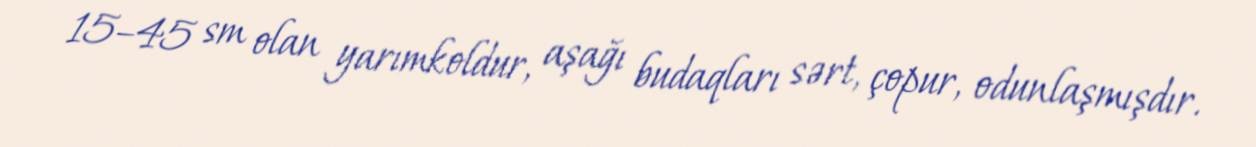
15–45 sm olan yarımkoldur, aşağı budaqları sərt, çopur, odunlaşmışdır.